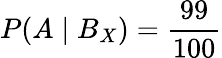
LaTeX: P(A\mid B_{X})={\frac{99}{100}}